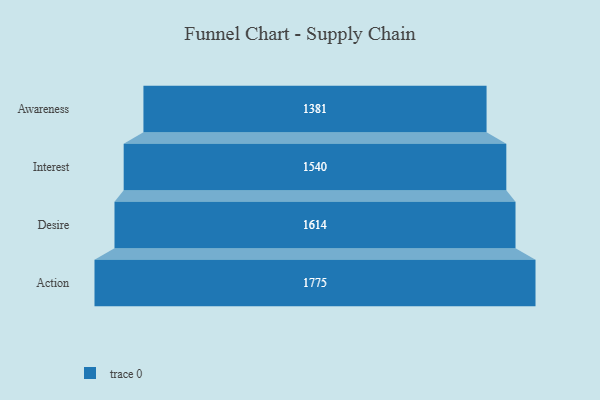
{"axis": {"x": "Stage", "y": "Value"}, "legend": [""], "data": [{"x": "Awareness", "y": 1381.0, "type": ""}, {"x": "Interest", "y": 1540.0, "type": ""}, {"x": "Desire", "y": 1614.0, "type": ""}, {"x": "Action", "y": 1775.0, "type": ""}]}